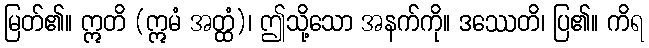
မြတ်၏။ ဣတိ (ဣမံ အတ္ထံ)၊ ဤသို့သော အနက်ကို။ ဒဿေတိ၊ ပြ၏။ ကိရ